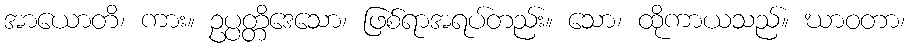
အာယောတိ၊ ကား။ ဥပ္ပတ္တိဒေသော၊ ဖြစ်ရာအရပ်တည်း။ သော၊ ထိုကာယသည်။ ဃာဝတာ၊